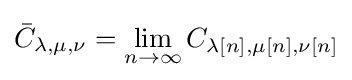
{\bar {C}}_{\lambda ,\mu ,\nu }=\lim _{n\to \infty }C_{\lambda [n],\mu [n],\nu [n]}